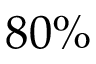
8 0 \%